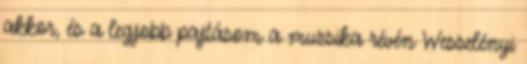
akkor, és a legjobb pajtásom a muzsika révén Wesselényi